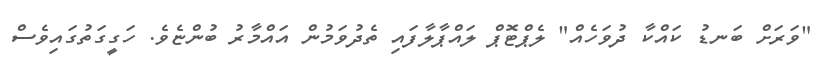
"ވަރަށް ބަނޑު ކައްކާ ދުވަހެއް" ލެޕްޓޮޕް ލައްޕާލާފައި ތެދުވަމުން އައްމާރު ބުންޏެވެ. ހަގީގަތުގައިވެސް